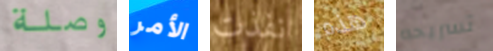
وصلة الأمر نفذت هذه تسريحه